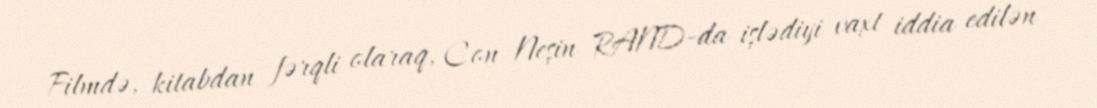
Filmdə, kitabdan fərqli olaraq, Con Neşin RAND-da işlədiyi vaxt iddia edilən